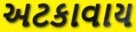
અટકાવાય